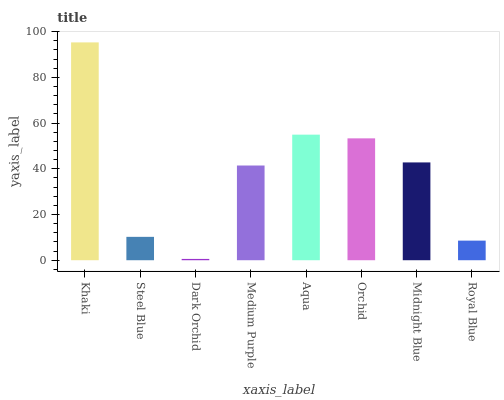
| xaxis_label | bars |
 | --- | --- |
 | Khaki | 95.3 |
 | Steel Blue | 10.2 |
 | Dark Orchid | 0.57 |
 | Medium Purple | 41.4 |
 | Aqua | 54.9 |
 | Orchid | 53.3 |
 | Midnight Blue | 42.8 |
 | Royal Blue | 8.58 |